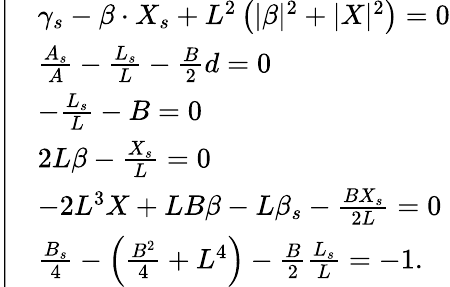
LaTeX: \left|\begin{array}{rl}&{\gamma_{s}-\beta\cdot X_{s}+L^{2}\left(|\beta|^{2}+|X|^{2}\right)=0}\\ &{\frac{A_{s}}{A}-\frac{L_{s}}{L}-\frac{B}{2}d=0}\\ &{-\frac{L_{s}}{L}-B=0}\\ &{2L\beta-\frac{X_{s}}{L}=0}\\ &{-2L^{3}X+LB\beta-L\beta_{s}-\frac{BX_{s}}{2L}=0}\\ &{\frac{B_{s}}{4}-\left(\frac{B^{2}}{4}+L^{4}\right)-\frac{B}{2}\frac{L_{s}}{L}=-1.}\end{array}\right.